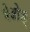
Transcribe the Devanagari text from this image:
षेओङ्